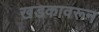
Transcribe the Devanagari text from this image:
खडकावरून